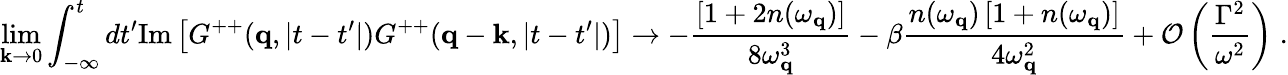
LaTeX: \operatorname*{lim}_{{\mathbf k}\to 0}\int_{-\infty}^{t}dt^{\prime}\mathrm{Im}\left[G^{++}({\mathbf q},|t-t^{\prime}|)G^{++}({\mathbf q}-{\mathbf k},|t-t^{\prime}|)\right]\to-\frac{\left[1+2n(\omega_{{\mathbf q}})\right]}{8\omega_{{\mathbf q}}^{3}}-\beta\frac{n(\omega_{{\mathbf q}})\left[1+n(\omega_{{\mathbf q}})\right]}{4\omega_{{\mathbf q}}^{2}}+{\cal O}\left(\frac{\Gamma^{2}}{\omega^{2}}\right)\; .